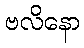
ဗလိနော